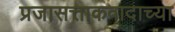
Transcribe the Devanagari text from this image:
प्रजासत्ताकवादाच्या